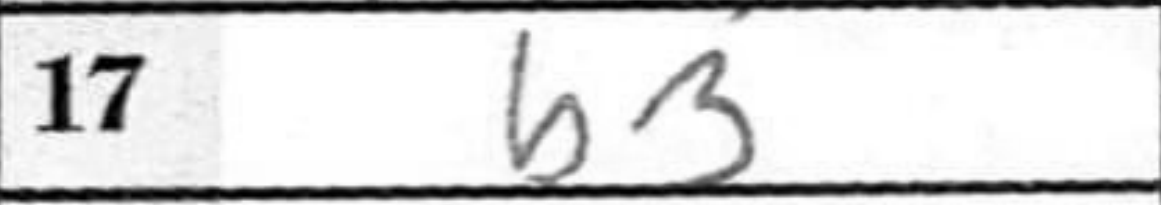
Transcription: b3